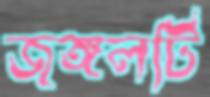
জঙ্গলটি